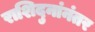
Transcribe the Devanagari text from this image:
राशिदुनांनंतर